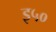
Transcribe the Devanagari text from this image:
इ५०